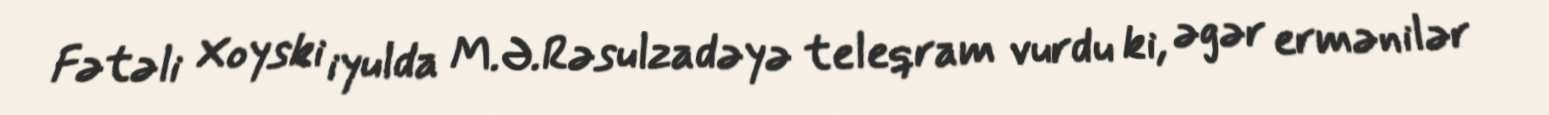
Fətəli Xoyski iyulda M.Ə.Rəsulzadəyə teleqram vurdu ki, əgər ermənilər